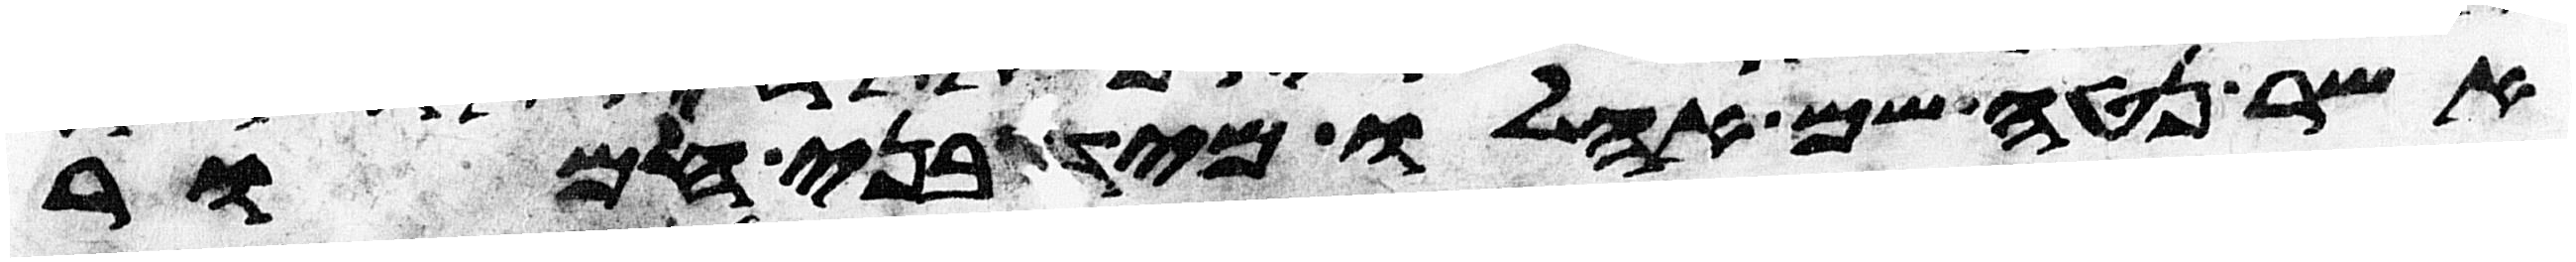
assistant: אשר נטה שם אהלו מיד בני חמור